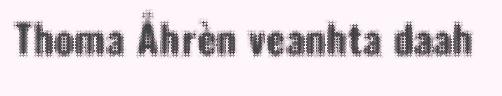
Thoma Åhrèn veanhta daah